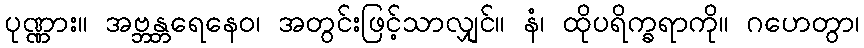
ပုဏ္ဏား။ အဗ္ဘန္တရေနေဝ၊ အတွင်းဖြင့်သာလျှင်။ နံ၊ ထိုပရိက္ခရာကို။ ဂဟေတွာ၊